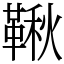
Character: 鞦